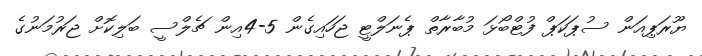
ޔޫރަޕިއަން ސުޕަކަޕް ފުޓްބޯޅަ މުބާރާތް ޕެނަލްޓީ ޖަހައިގެން 5-4އިން ޗެލްސީ ބަލިކޮށް ޖަރުމަނުގެ